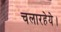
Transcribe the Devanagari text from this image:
चलारहेये।